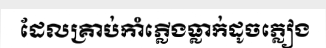
ដែលគ្រាប់កាំភ្លើងធ្លាក់ដូចភ្លៀង